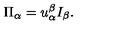
\Pi _ { \alpha } = u _ { \alpha } ^ { \beta } I _ { \beta } .